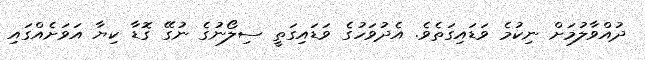
ދުއްވާލުމަށް ނިކުމެ ވަޑައިގަތެވެ. އެދުވަހުގެ ވަޑައިގަތީ ސިލޯނުގެ ނުގޭ ގޮޑާ ކިޔާ އަވަށެއްގައި